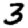
Digit: 3